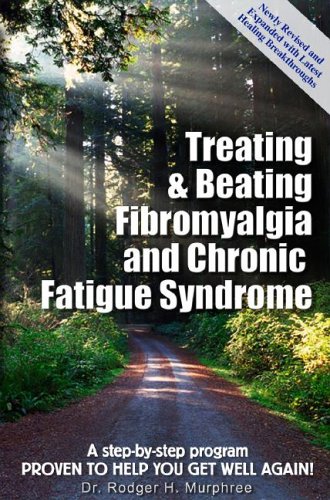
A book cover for Treating & Beating Fibromyalgia and Chronic Fatigue Syndrome: a step-by-step program proven to help you get well again!; Rodger H. Murphree; Health, Fitness & Dieting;